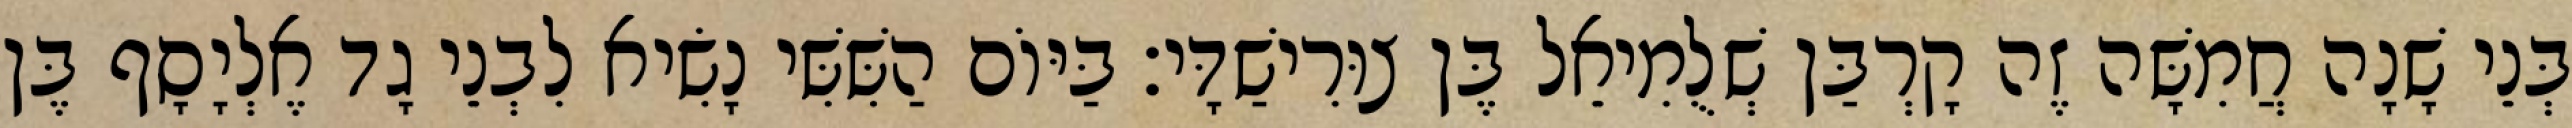
בְּנֵי שָׁנָה חֲמִשָּׁה זֶה קָרְבַּן שְׁלֻמִיאֵל בֶּן צוּרִישַׁדָּי׃ בַּיּוֹם הַשִּׁשִּׁי נָשִׂיא לִבְנֵי גָד אֶלְיָסָף בֶּן